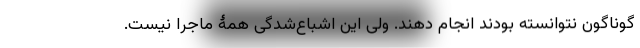
گوناگون نتوانسته بودند انجام دهند. ولی این اشباع‌شدگی همۀ ماجرا نیست.